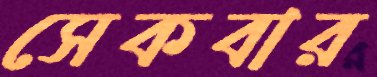
সেকবার